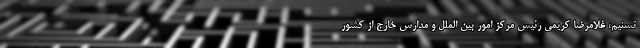
تسنیم، غلامرضا کریمی رئیس مرکز امور بین الملل و مدارس خارج از کشور